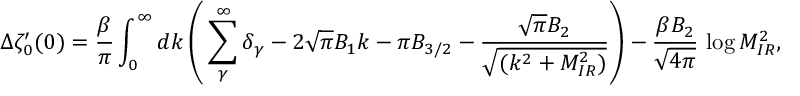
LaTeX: \Delta \zeta _ { 0 } ^ { \prime } ( 0 ) = \frac { \beta } { \pi } \int _ { 0 } ^ { \infty } d k \left( \: \sum _ { \gamma } ^ { \infty } \delta _ { \gamma } - 2 \sqrt { \pi } B _ { 1 } k - \pi B _ { 3 / 2 } - \frac { \sqrt { \pi } B _ { 2 } } { \sqrt { ( k ^ { 2 } + M _ { I R } ^ { 2 } ) } } \right) - \frac { \beta B _ { 2 } } { \sqrt { 4 \pi } } \, \log M _ { I R } ^ { 2 } ,